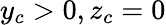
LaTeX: y_{c}>0,z_{c}=0